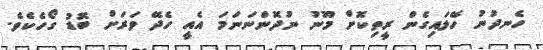
ހެނދުނު ހޭލައިގެން ރީތިކޮށް މޫނު ނުދޮންނަނަމަ އެއީ ހެދޭ ވަރަށް ބޮޑު ގޯހެކެވެ.